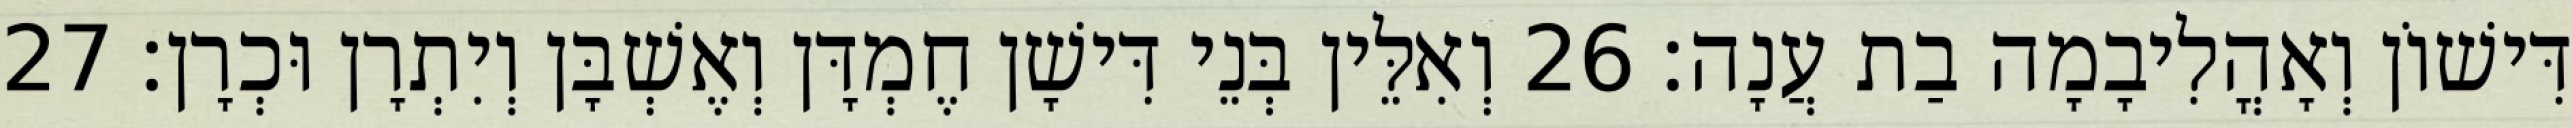
דִּישׁוֹן וְאָהֳלִיבָמָה בַת עֲנָה׃ 26 וְאִלֵּין בְּנֵי דִּישָׁן חֶמְדָּן וְאֶשְׁבָּן וְיִתְרָן וּכְרָן׃ 27